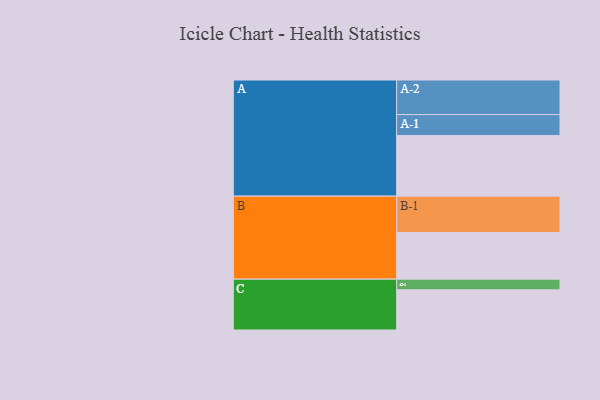
{"axis": {"x": "Segment", "y": "Value"}, "legend": ["", "A", "B", "C"], "data": [{"x": "A", "y": 473, "type": ""}, {"x": "B", "y": 364, "type": ""}, {"x": "C", "y": 314, "type": ""}, {"x": "A-1", "y": 164, "type": "A"}, {"x": "A-2", "y": 270, "type": "A"}, {"x": "B-1", "y": 284, "type": "B"}, {"x": "C-1", "y": 83, "type": "C"}]}